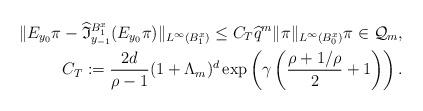
LaTeX: \begin{align*}\|E_{y_{0}} \pi - \widehat{\mathfrak I}^{B^x_1}_{y_{-1}} (E_{y_{0}} \pi) \|_{L^\infty(B_1^x)} \leq C_T \widehat q^m \|\pi\|_{L^\infty(B_0^x)} \pi \in {\mathcal Q}_m, \\C_T := \frac{2d}{\rho-1} (1+\Lambda_m)^d \exp\left(\gamma \left(\frac{\rho + 1/\rho}{2}+1\right)\right). \end{align*}